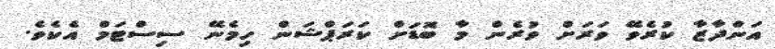
އަންދާޒާ ކުރެވޭ ވަރަށް ވުރެން މާ ބޮޑަށް ކަރަޕްޝަން ހިމެނޭ ސިސްޓަމް އެކެވެ.